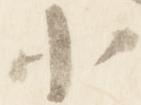
小